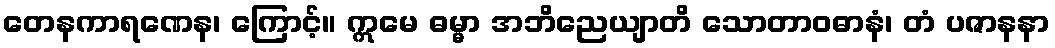
တေနကာရဏေန၊ ကြောင့်။ ဣမေ ဓမ္မာ အဘိညေယျာတိ သောတာဝဓာနံ၊ တံ ပဇာနနာ